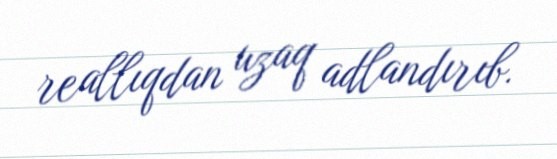
reallıqdan uzaq adlandırıb.